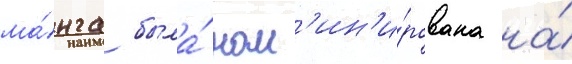
ма́нга была́ ном'ин'и́рована на́